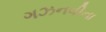
ગઝનવીના